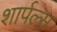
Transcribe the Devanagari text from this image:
शार्पल्स